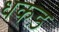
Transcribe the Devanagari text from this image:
धकड़